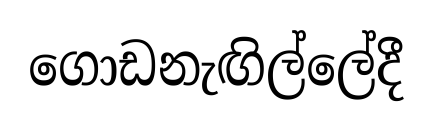
ගොඩනැඟිල්ලේදී